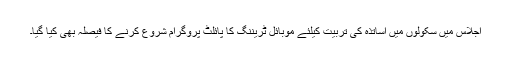
اجلاس میں سکولوں میں اساتذہ کی تربیت کیلئے موبائل ٹریننگ کا پائلٹ پروگرام شروع کرنے کا فیصلہ بھی کیا گیا۔